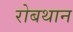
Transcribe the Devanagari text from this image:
रोबथान